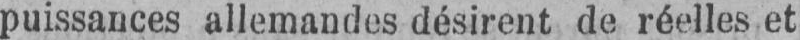
puissances allemandes désirent de réelles et